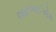
આરઆઈએમ